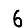
Digit: 6